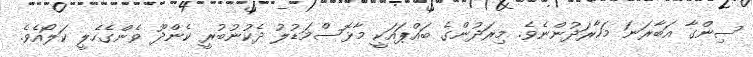
ސިންގާ އަބާރަނަ މަހާރަދުންނެވެ. މިރަދުންގެ ބައްޕައަކީ މާޅޮސްމަޑުލު ދެކުނުބުރީ ކެންދޫ ވެންގެހެލީ ކަލޯއެވެ.